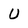
Character: U